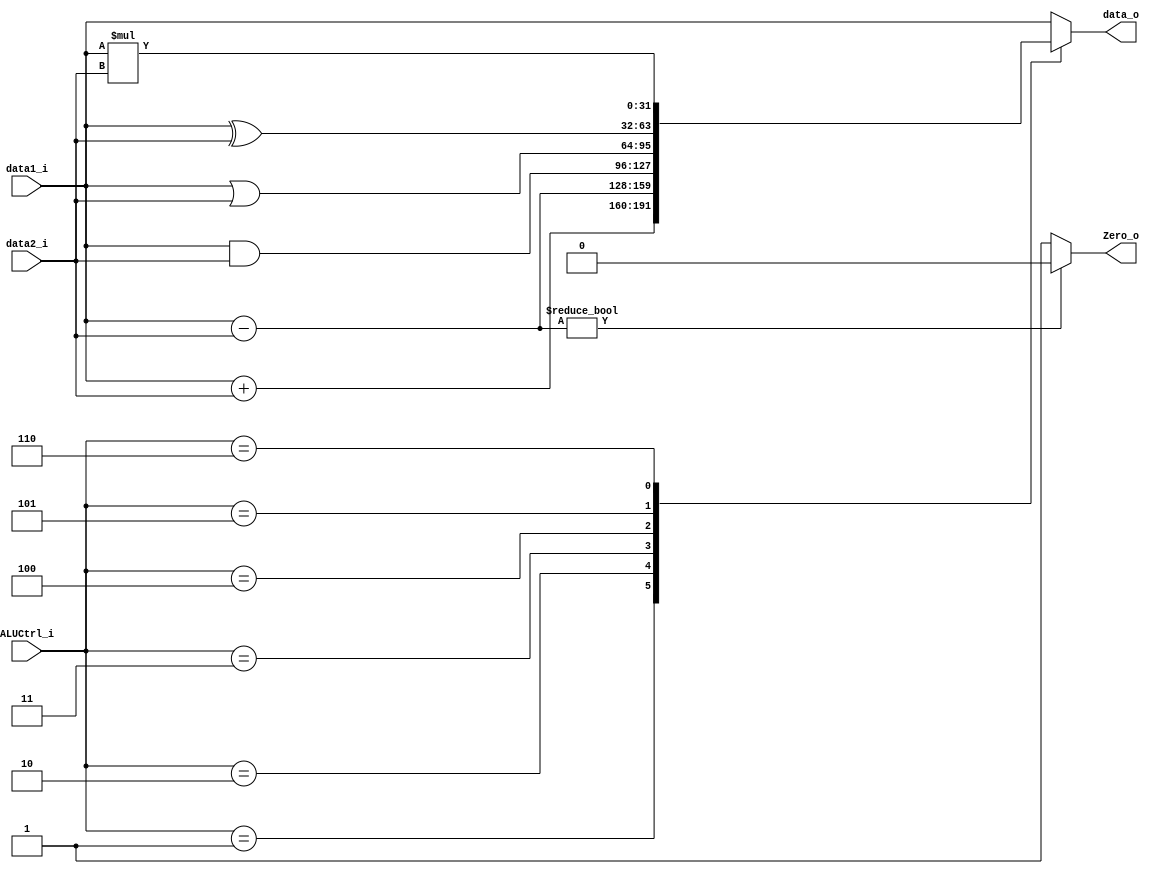
module ALU (data1_i, data2_i, ALUCtrl_i, data_o,Zero_o);

input [31:0] data1_i, data2_i;
input [2:0] ALUCtrl_i;
output reg[31:0] data_o;
output reg Zero_o;

parameter SUM = 3'b001;
parameter SUB = 3'b010;
parameter AND = 3'b011;
parameter OR  = 3'b100;
parameter XOR = 3'b101;
parameter MUL = 3'b110;


/* implement here */
always@(*)begin
  Zero_o   = (data1_i - data2_i)?0:1;
case(ALUCtrl_i)

  SUM : begin
    data_o = data1_i + data2_i;
  end
  SUB : begin
    data_o = data1_i - data2_i;
  end
  AND : begin
    data_o = data1_i & data2_i;
  end
  OR : begin
    data_o = data1_i | data2_i;
  end
  XOR : begin
    data_o = data1_i ^ data2_i;
  end
  MUL : begin
    data_o = data1_i * data2_i;
  end
  default : begin
    data_o = data1_i;
  end

endcase

end

endmodule